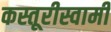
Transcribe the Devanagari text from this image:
कस्तूरीस्वामी